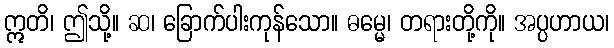
ဣတိ၊ ဤသို့။ ဆ၊ ခြောက်ပါးကုန်သော။ ဓမ္မေ၊ တရားတို့ကို။ အပ္ပဟာယ၊